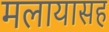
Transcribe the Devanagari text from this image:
मलायासह